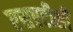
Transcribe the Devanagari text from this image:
एसएटीसी